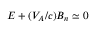
E + ( V _ { A } / c ) B _ { n } \simeq 0